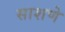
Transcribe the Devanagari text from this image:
साशणे